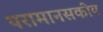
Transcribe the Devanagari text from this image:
परामानसकीय